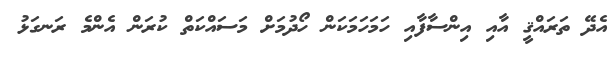
އެދޭ ތަރައްޤީ އާއި އިންސާފާއި ހަމަހަމަކަން ހޯދުމަށް މަސައްކަތް ކުރަން އެންމެ ރަނގަޅު